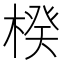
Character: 楑